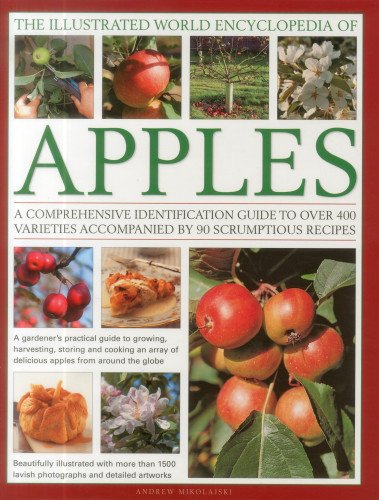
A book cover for The Illustrated World Encyclopedia of Apples: A comprehensive identification guide to over 400 varieties accompanied by 60 scrumptious recipes; Andrew Mikolajski; Cookbooks, Food & Wine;